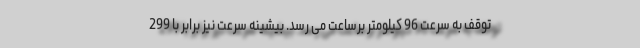
توقف به سرعت 96 کیلومتر برساعت می رسد. بیشینه سرعت نیز برابر با 299